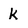
Character: k